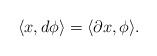
LaTeX: \begin{align*}\langle x, d\phi\rangle = \langle \partial x,\phi\rangle.\end{align*}